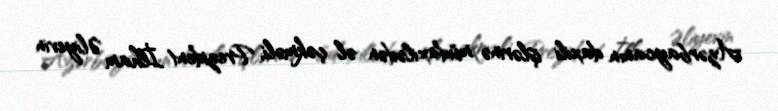
Azərbaycanın daxili işlərinə müdaxilədən əl çəkməli, Prezident İlham Əliyevin